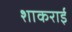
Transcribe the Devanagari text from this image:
शाकराई